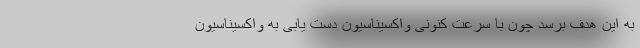
به این هدف برسد چون با سرعت کنونی واکسیناسیون دست یابی به واکسیناسیون